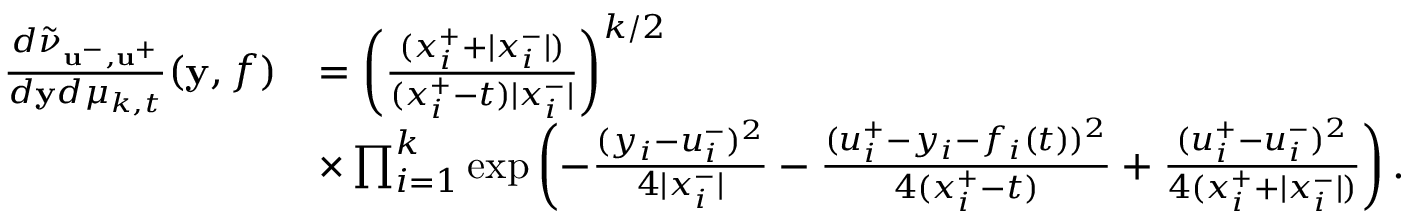
\begin{array} { r l } { \frac { d \tilde { \nu } _ { \mathbf { u } ^ { - } , \mathbf { u } ^ { + } } } { d \mathbf { y } d \mu _ { k , t } } ( \mathbf { y } , f ) } & { = \left( \frac { ( x _ { i } ^ { + } + | x _ { i } ^ { - } | ) } { ( x _ { i } ^ { + } - t ) | x _ { i } ^ { - } | } \right) ^ { k / 2 } } \\ & { \times \prod _ { i = 1 } ^ { k } \exp \left( - \frac { ( y _ { i } - u _ { i } ^ { - } ) ^ { 2 } } { 4 | x _ { i } ^ { - } | } - \frac { ( u _ { i } ^ { + } - y _ { i } - f _ { i } ( t ) ) ^ { 2 } } { 4 ( x _ { i } ^ { + } - t ) } + \frac { ( u _ { i } ^ { + } - u _ { i } ^ { - } ) ^ { 2 } } { 4 ( x _ { i } ^ { + } + | x _ { i } ^ { - } | ) } \right) . } \end{array}